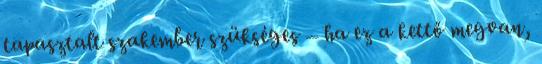
tapasztalt szakember szükséges – ha ez a kettő megvan,